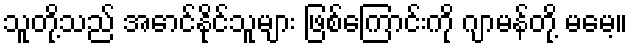
သူတို့သည် အောင်နိုင်သူများ ဖြစ်ကြောင်းကို ဂျာမန်တို့ မမေ့။